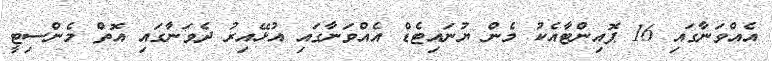
އެއްވަނާގައި 16 ޕޮއިންޓާއެކު މެން ޔުނައިޓެޑް އެއްވަނާގައި އުޅޭއިރު ދެވަނާގައި އޮތް މެންސިޓީ